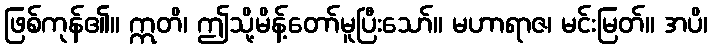
ဖြစ်ကုန်၏။ ဣတိ၊ ဤသို့မိန့်တော်မူပြီးသော်။ မဟာရာဇ၊ မင်းမြတ်။ အပိ၊